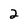
Character: 2